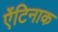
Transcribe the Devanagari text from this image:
ऐंटिनाक